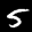
Label: 5